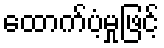
ထောက်ပံ့မှုဖြင့်